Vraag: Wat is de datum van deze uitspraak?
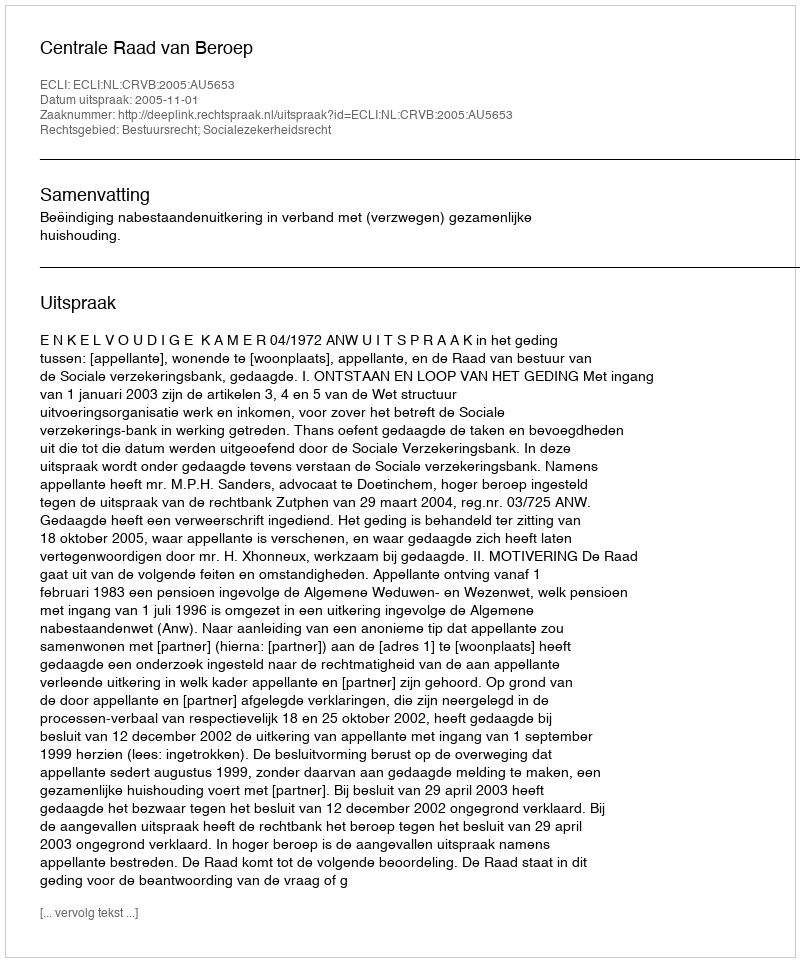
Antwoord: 2005-11-01